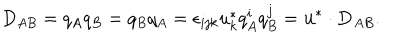
D _ { A B } = q _ { A } q _ { B } = q _ { B } q _ { A } = \epsilon _ { i j k } u _ { k } ^ { * } q _ { A } ^ { i } q _ { B } ^ { j } = { \bf u } ^ { * } \cdot { \bf D } _ { A B } .